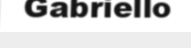
Gabriello